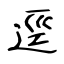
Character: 逕